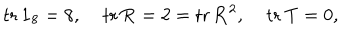
\mathrm { t r } \, \mathbf { 1 } _ { 8 } = 8 , \; \mathrm { t r } \, \mathbf { R } = 2 = \mathrm { t r } \, \mathbf { R } ^ { 2 } , \; \mathrm { t r } \, \mathbf { T } = 0 ,